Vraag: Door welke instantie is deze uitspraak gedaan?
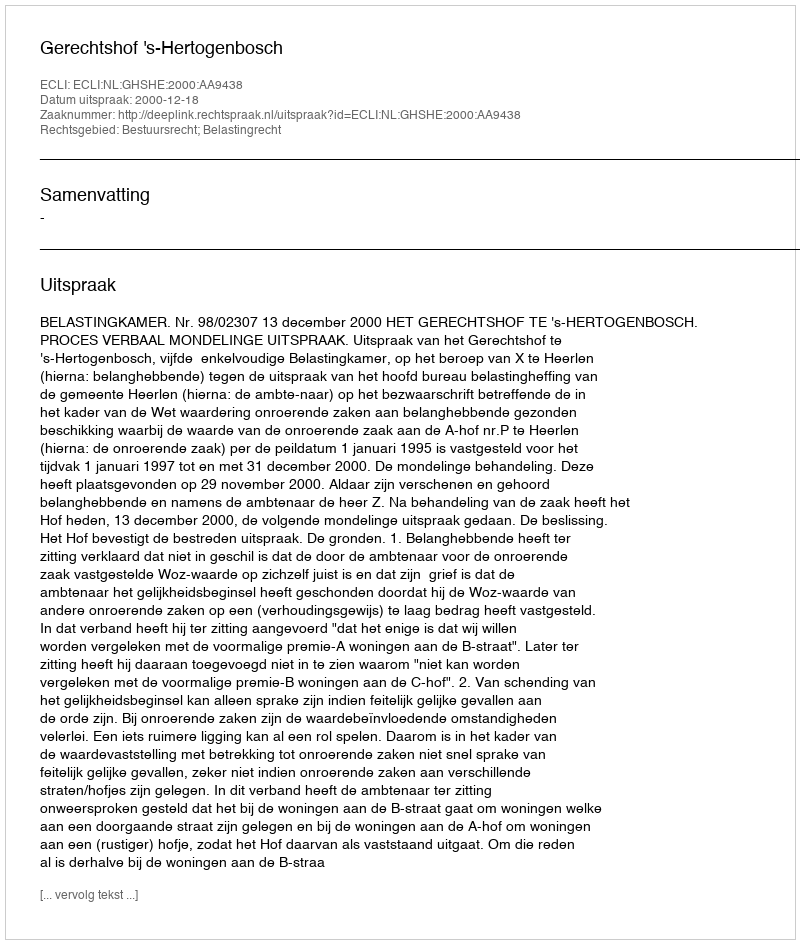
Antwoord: Gerechtshof 's-Hertogenbosch